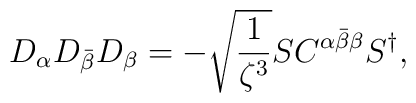
D_{\alpha}D_{\bar{\beta}}D_{\beta}  =-\sqrt{\frac{1}{\zeta^3}}SC^{ \alpha\bar{\beta}\beta}S^{\dagger},